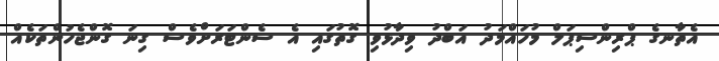
އެތާނގެ ޕްރިންސިޕަލް މުހައްމަދު އަބްދު ވިދާޅުވި ގޮތުގައި އެ ސެންޓަރަށްވެސް ގިނަ ގޮންޖެހުންތަކެއް